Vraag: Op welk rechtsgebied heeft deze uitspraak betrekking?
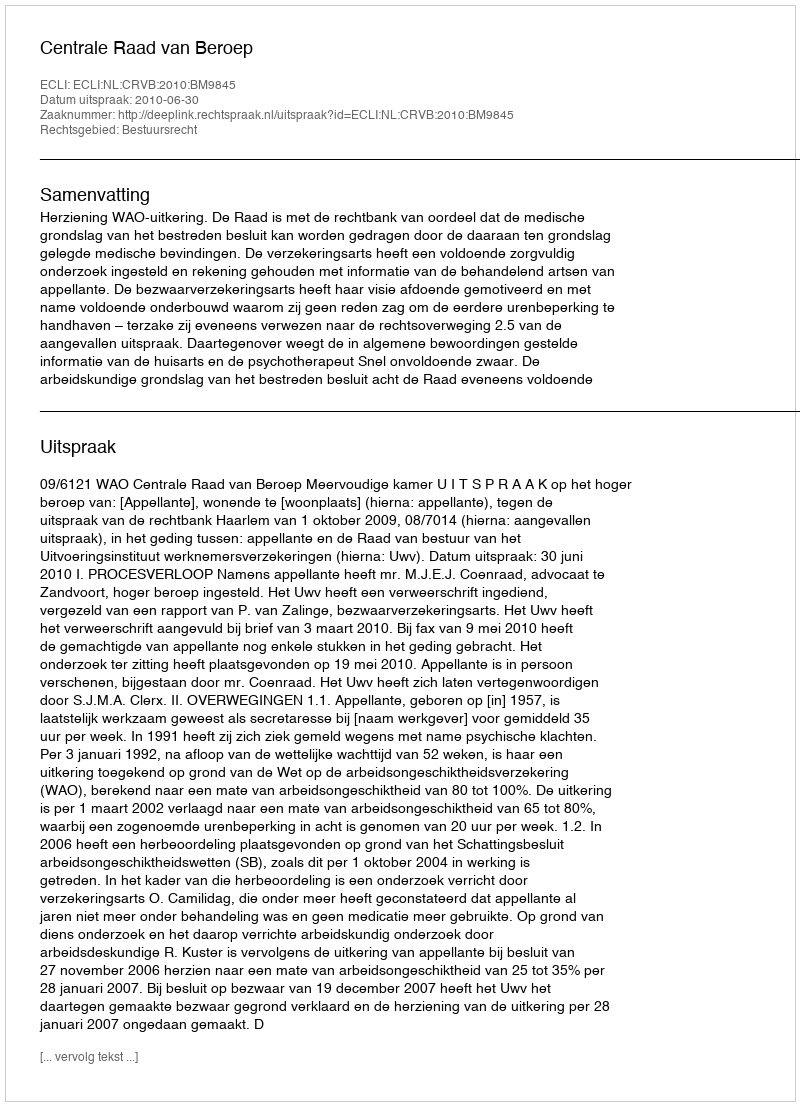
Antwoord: Bestuursrecht